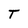
Character: T